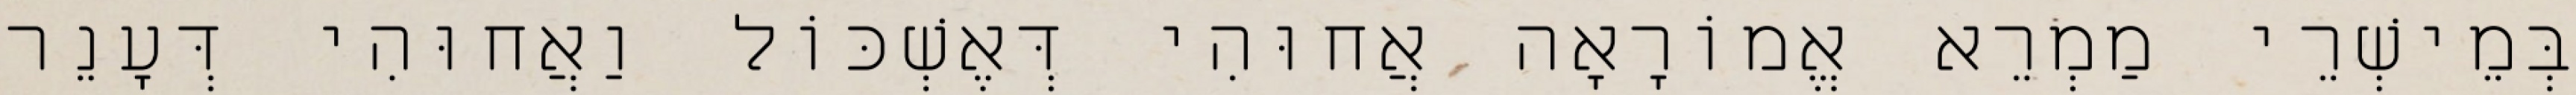
בְּמֵישְׁרֵי מַמְרֵא אֱמוֹרָאָה אֲחוּהִי דְּאֶשְׁכּוֹל וַאֲחוּהִי דְּעָנֵר